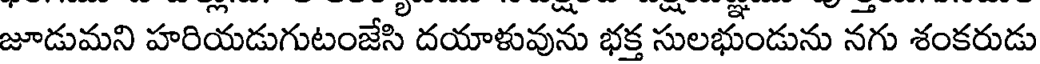
జూడుమని హరియడుగుటంజేసి దయాళువును భక్త సులభుండును నగు శంకరుడు